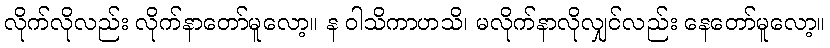
လိုက်လိုလည်း လိုက်နာတော်မူလော့။ န ဝါသိကာဟသိ၊ မလိုက်နာလိုလျှင်လည်း နေတော်မူလော့။